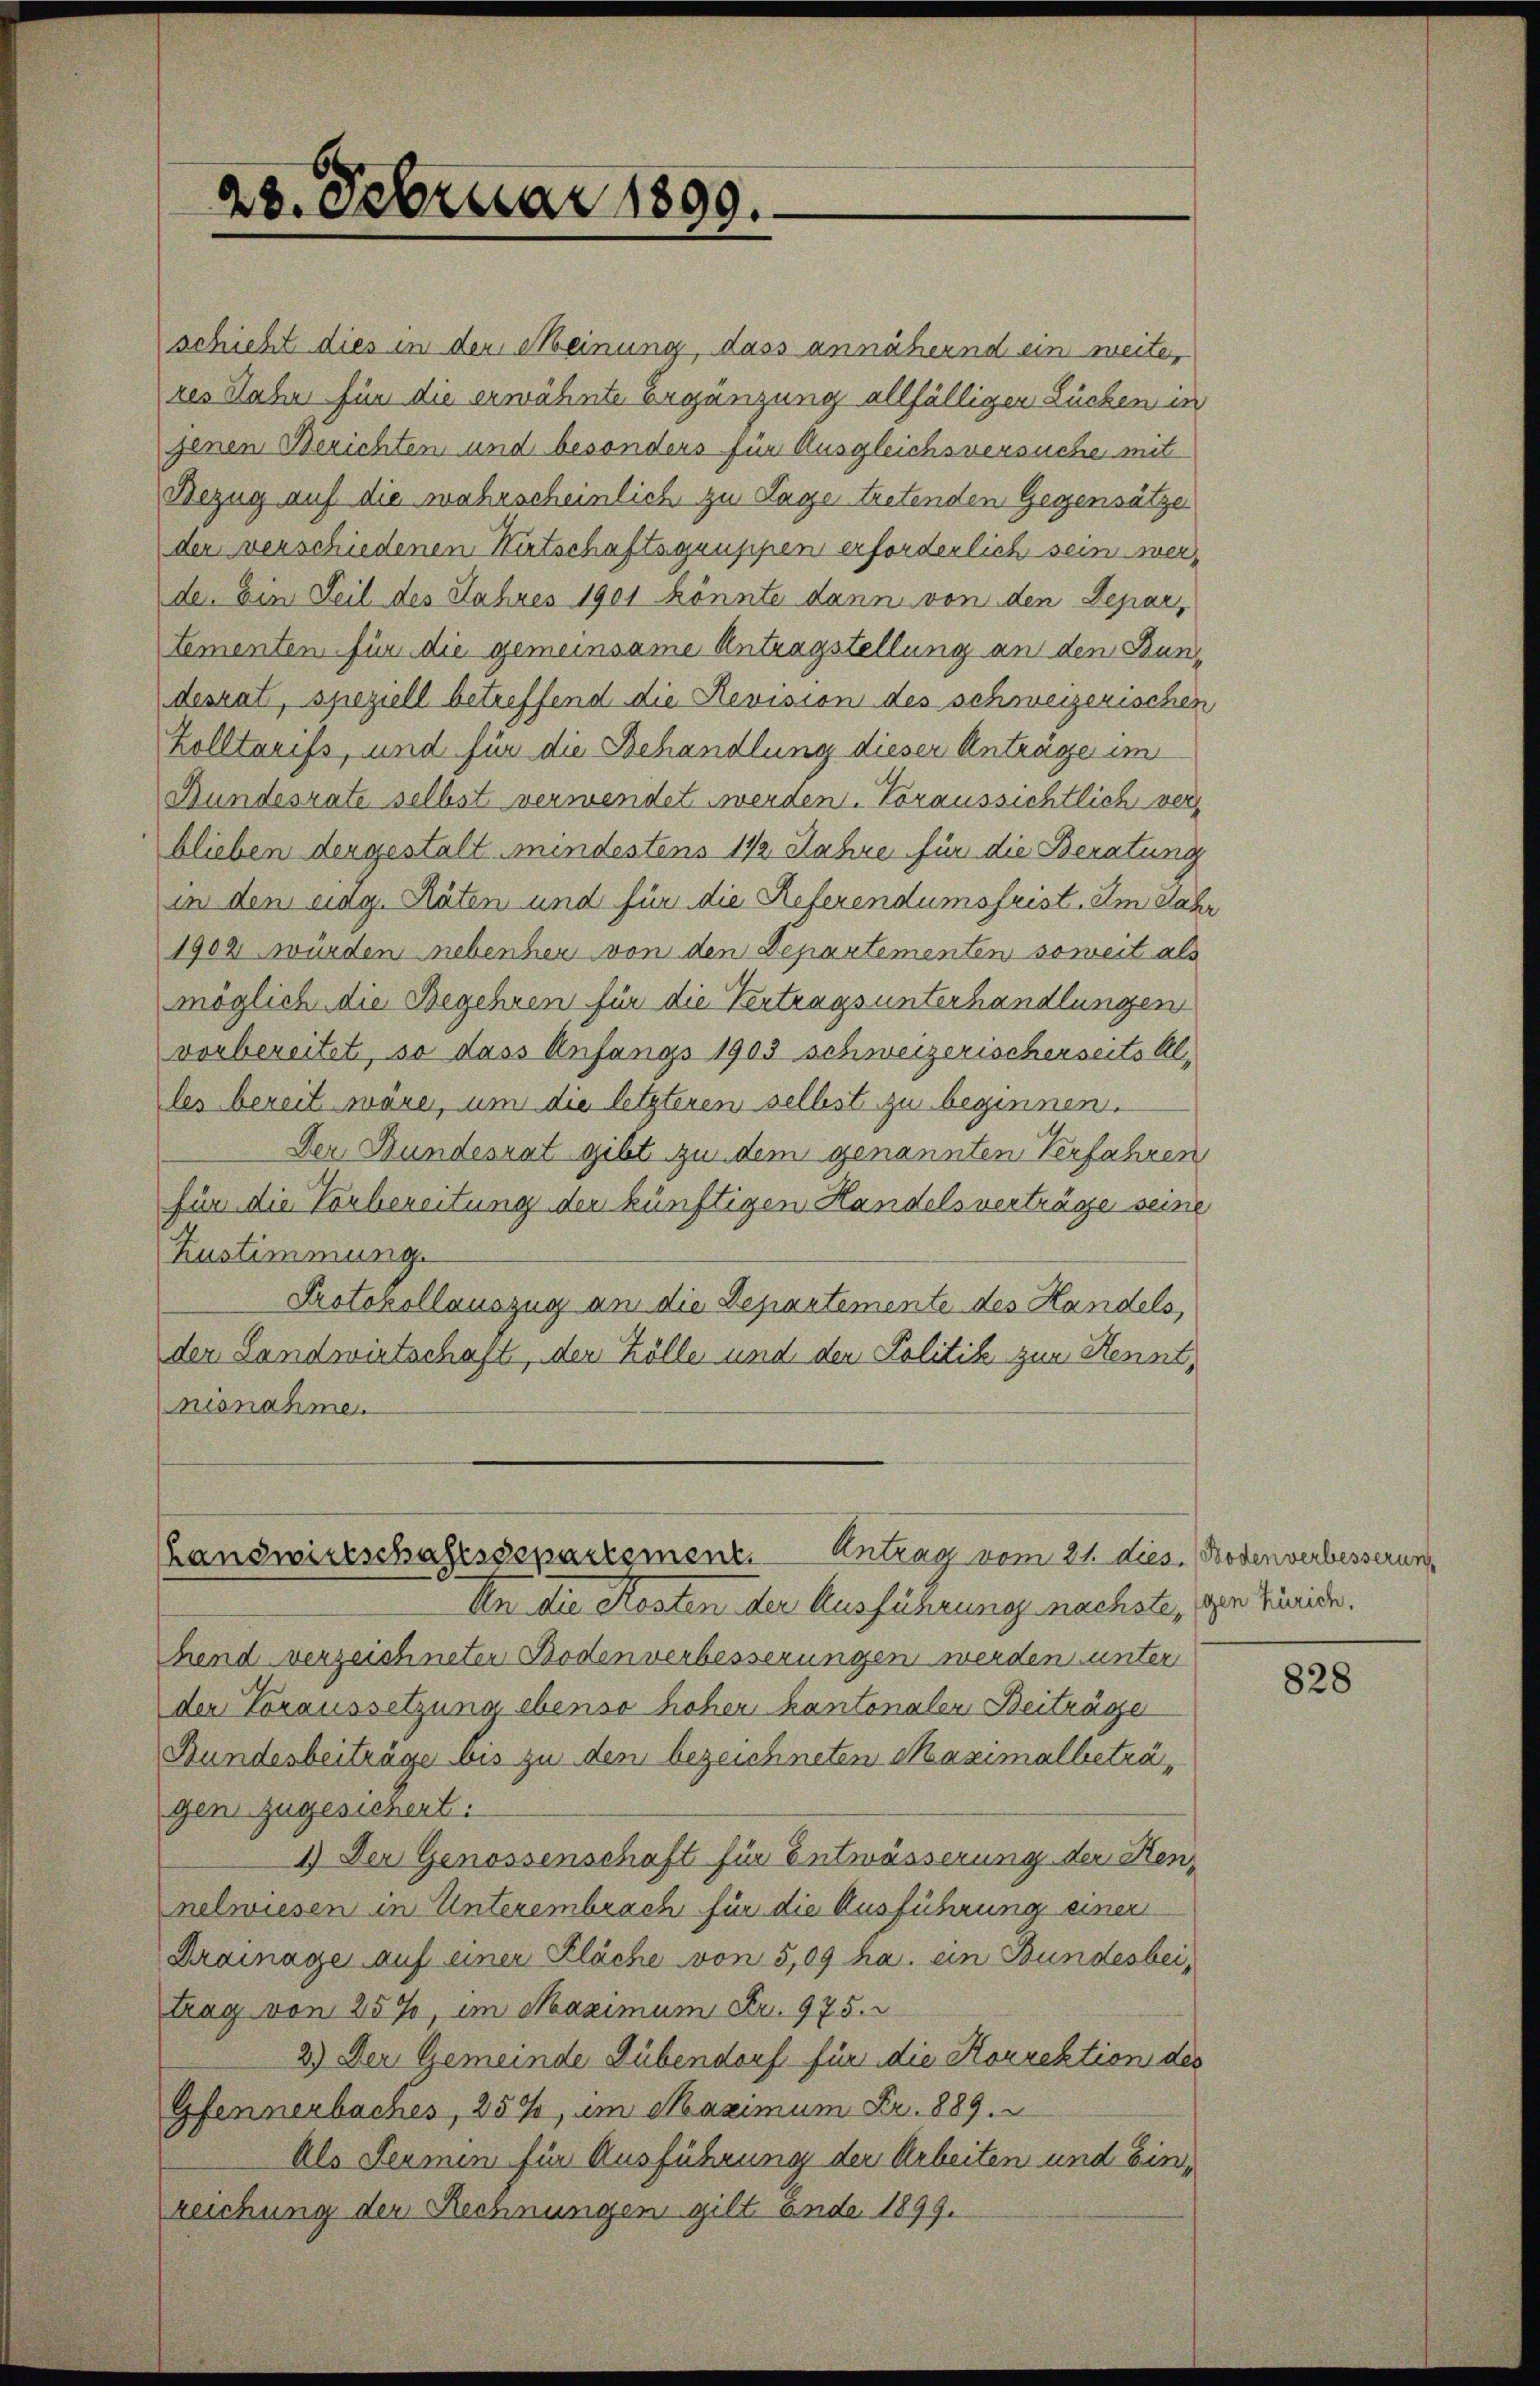
28. Februar 1890.

schieht dies in der Meinung, dass annähernd ein weite,
res Labun für die erwähnte Ergänzung allfälligen Lücken in
jenen Berichten und besonders für Ausgleichsversuche mit
Bezug auf die wahrscheinlich zu Lage tretenden Gegensätzer
der verschiedenen Kutschaftsgrusipen erforderlich sein werde. Ein Teil des Jahres 1901 könnte dann von den Depar
tementen für die gemeinsame Antragstellung an den Bundesrat, speziell betreffend die Revision des schweizerischen
Kolltarifs, und für die Behandlung dieser Anträge im
Bundesrate selbst verwendet werden. Voraussichtlich verblieben dergestalt mindestens 1/2 Jahre für die Beratung
in den eidg. Räten und für die Referendumsfrist. Im Jahr
1902 wurden nebenher von den Departementen soweit als
möglich die Begehren für die Vertragsunterhandlungen
vorbereitet, so dass Anfangs 1903 schweizerischerseits Alles bereit wäre, um die letzteren selbst zu beginnen.
Der Bundesrat gibt zu dem genannten Verfahren
für die Vorbereitung der künftigen Handelsverträge seine
Zustimmung.
Protokollauszug an die Departemente des Handels,
der Landwirtschaft, der Zölle und den Politik zur Kennt,
nisnahme.

Antrag vom 21. dies. Bodenverbesserung
Landwirtschaftssepartement

An die Kosten der Ausführung nachste, den Züride.
hend verzeichneten Bodenverbesserungen werden unter
der Voraussetzung ebenso hoher kantonaler Beiträge
Bundesbeiträge bis zu den bezeichneten Maximalbeträgen zugesichert.
1.) Der Genossenschaft für Entwässerung der Kennelwiesen in Unterembrach für die Ausführung einer
Drainage auf einer Fläche von 5,09 ha. ein Bundesbeitrag von 25%, im Maximum Fr. 975.
2.) Der Gemeinde Dübendorf für die Korrektion des
Gfennerbaches, 257, im Maximum Fr. 889.
Als Termin für Ausführung der Arbeiten und Einreichung der Rechnungen gilt. Ende 1899.

828